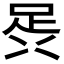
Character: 𮛎